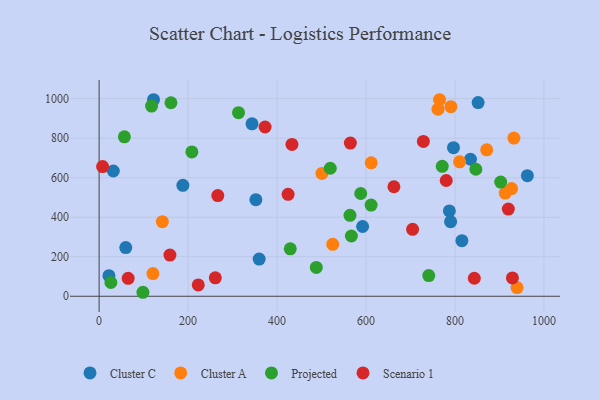
{"axis": {"x": "Experience", "y": "Salary"}, "legend": ["Cluster A", "Cluster C", "Projected", "Scenario 1"], "data": [{"x": "787.3", "y": 431.7, "type": "Cluster C"}, {"x": "122.3", "y": 994.8, "type": "Cluster C"}, {"x": "852.0", "y": 980.3, "type": "Cluster C"}, {"x": "22.1", "y": 104.2, "type": "Cluster C"}, {"x": "834.8", "y": 693.6, "type": "Cluster C"}, {"x": "59.9", "y": 246.4, "type": "Cluster C"}, {"x": "592.3", "y": 353.1, "type": "Cluster C"}, {"x": "359.8", "y": 188.2, "type": "Cluster C"}, {"x": "796.6", "y": 752.3, "type": "Cluster C"}, {"x": "343.7", "y": 872.9, "type": "Cluster C"}, {"x": "31.9", "y": 633.9, "type": "Cluster C"}, {"x": "815.5", "y": 281.3, "type": "Cluster C"}, {"x": "352.4", "y": 489.0, "type": "Cluster C"}, {"x": "188.3", "y": 561.4, "type": "Cluster C"}, {"x": "790.1", "y": 377.5, "type": "Cluster C"}, {"x": "962.7", "y": 610.3, "type": "Cluster C"}, {"x": "871.2", "y": 741.2, "type": "Cluster A"}, {"x": "810.4", "y": 680.2, "type": "Cluster A"}, {"x": "927.2", "y": 545.0, "type": "Cluster A"}, {"x": "912.9", "y": 522.2, "type": "Cluster A"}, {"x": "142.2", "y": 377.5, "type": "Cluster A"}, {"x": "120.9", "y": 114.9, "type": "Cluster A"}, {"x": "932.4", "y": 800.6, "type": "Cluster A"}, {"x": "939.5", "y": 44.0, "type": "Cluster A"}, {"x": "611.7", "y": 675.4, "type": "Cluster A"}, {"x": "761.8", "y": 947.0, "type": "Cluster A"}, {"x": "525.1", "y": 263.0, "type": "Cluster A"}, {"x": "790.8", "y": 959.6, "type": "Cluster A"}, {"x": "500.9", "y": 621.9, "type": "Cluster A"}, {"x": "765.2", "y": 994.8, "type": "Cluster A"}, {"x": "429.7", "y": 240.0, "type": "Projected"}, {"x": "313.4", "y": 929.4, "type": "Projected"}, {"x": "519.6", "y": 647.8, "type": "Projected"}, {"x": "26.5", "y": 69.5, "type": "Projected"}, {"x": "563.9", "y": 409.8, "type": "Projected"}, {"x": "902.7", "y": 578.1, "type": "Projected"}, {"x": "741.0", "y": 104.5, "type": "Projected"}, {"x": "98.5", "y": 20.1, "type": "Projected"}, {"x": "846.9", "y": 642.8, "type": "Projected"}, {"x": "771.3", "y": 657.9, "type": "Projected"}, {"x": "56.8", "y": 806.9, "type": "Projected"}, {"x": "117.9", "y": 962.9, "type": "Projected"}, {"x": "567.1", "y": 304.9, "type": "Projected"}, {"x": "208.5", "y": 730.4, "type": "Projected"}, {"x": "161.5", "y": 979.5, "type": "Projected"}, {"x": "488.2", "y": 145.8, "type": "Projected"}, {"x": "588.1", "y": 520.2, "type": "Projected"}, {"x": "611.4", "y": 461.6, "type": "Projected"}, {"x": "929.1", "y": 92.8, "type": "Scenario 1"}, {"x": "424.8", "y": 516.0, "type": "Scenario 1"}, {"x": "266.8", "y": 509.5, "type": "Scenario 1"}, {"x": "728.9", "y": 783.8, "type": "Scenario 1"}, {"x": "433.5", "y": 768.4, "type": "Scenario 1"}, {"x": "780.3", "y": 586.0, "type": "Scenario 1"}, {"x": "373.1", "y": 856.8, "type": "Scenario 1"}, {"x": "261.2", "y": 93.1, "type": "Scenario 1"}, {"x": "704.7", "y": 338.8, "type": "Scenario 1"}, {"x": "222.9", "y": 57.1, "type": "Scenario 1"}, {"x": "919.9", "y": 441.5, "type": "Scenario 1"}, {"x": "7.9", "y": 656.4, "type": "Scenario 1"}, {"x": "65.3", "y": 90.7, "type": "Scenario 1"}, {"x": "662.7", "y": 554.2, "type": "Scenario 1"}, {"x": "564.8", "y": 775.4, "type": "Scenario 1"}, {"x": "159.2", "y": 208.3, "type": "Scenario 1"}, {"x": "843.4", "y": 91.1, "type": "Scenario 1"}]}